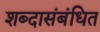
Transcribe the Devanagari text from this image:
शब्दासंबंधित